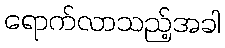
ရောက်လာသည့်အခါ